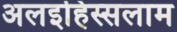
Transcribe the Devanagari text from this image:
अलइहिस्सलाम